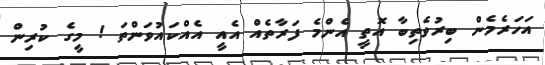
އަހަރެމެން ބިރުވެތިބާ އޮތީ އެންމެ ފަރާތެއް އެއީ އެއްކައުވަންތަ ! މީގެ ކުރިން